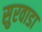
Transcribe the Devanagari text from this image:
सुरवाडा